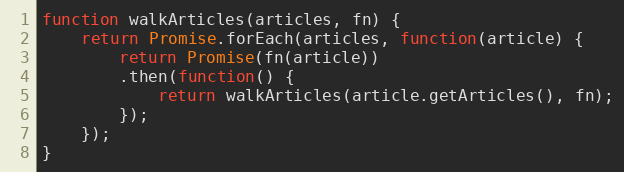
Language: JavaScript
function walkArticles(articles, fn) {
    return Promise.forEach(articles, function(article) {
        return Promise(fn(article))
        .then(function() {
            return walkArticles(article.getArticles(), fn);
        });
    });
}